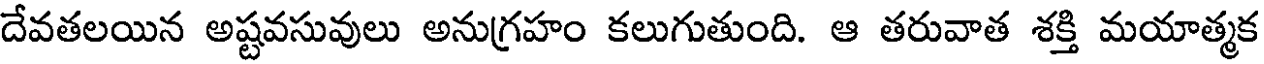
దేవతలయిన అష్టవసువులు అనుగ్రహం కలుగుతుంది. ఆ తరువాత శక్తి మయాత్మక